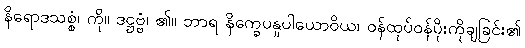
နိရောဒသစ္စံ၊ ကို။ ဒဋ္ဌဗ္ဗံ၊ ၏။ ဘာရ နိက္ခေပနူပါယောဝိယ၊ ဝန်ထုပ်ဝန်ပိုးကိုချခြင်း၏